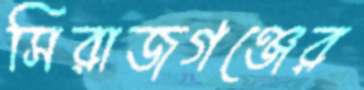
সিরাজগঞ্জের